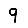
Digit: 9